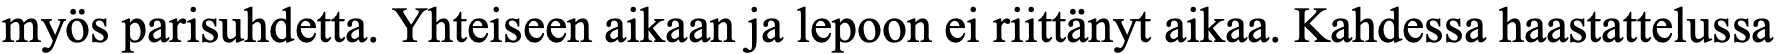
myös parisuhdetta. Yhteiseen aikaan ja lepoon ei riittänyt aikaa. Kahdessa haastattelussa